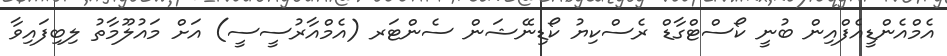
އެމްއެންޑީއެފްއިން ބުނީ ކޯސްޓްގާޑް ރެސްކިޔު ކޯޑިނޭޝަން ސެންޓަރ (އެމްއާރުސީސީ) އަށް މައުލޫމާތު ލިބިފައިވާ